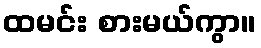
ထမင်း စားမယ်ကွာ။